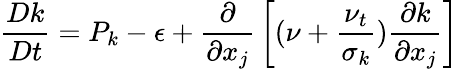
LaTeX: {\frac{Dk}{Dt}}=P_{k}-\epsilon+{\frac{\partial}{\partial x_{j}}}\left[(\nu+{\frac{\nu_{t}}{\sigma_{k}}}){\frac{\partial k}{\partial x_{j}}}\right]